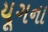
યૂગના